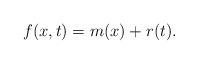
LaTeX: \begin{align*}f(x,t)=m(x)+r(t).\end{align*}